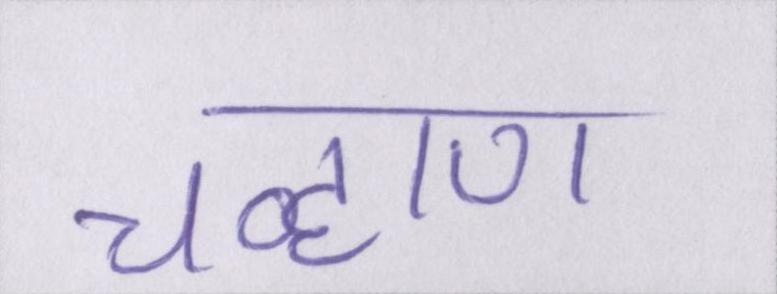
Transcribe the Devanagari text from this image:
चव्हाण